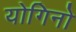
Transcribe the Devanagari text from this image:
योगिनो